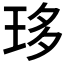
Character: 𤥀